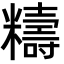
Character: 䊭